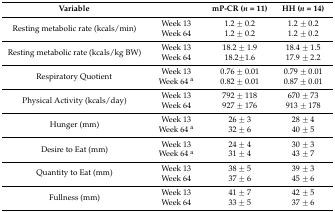
| Variable |  | mP-CR (n = 11) | HH (n = 14) |
 | --- | --- | --- | --- |
 | <ROWSPAN=2> Resting metabolic rate (kcals/min) | Week 13 | 1.2 ± 0.2 | 1.2 ± 0.2 |
 | Week 64 | 1.2 ± 0.2 | 1.2 ± 0.2 |
 | <ROWSPAN=2> Resting metabolic rate (kcals/kg BW) | Week 13 | 18.2 ± 1.9 | 18.4 ± 1.5 |
 | Week 64 | 18.2±1.6 | 17.9 ± 2.2 |
 | <ROWSPAN=2> Respiratory Quotient | Week 13 | 0.76 ± 0.01 | 0.79 ± 0.01 |
 | Week 64 a | 0.82 ± 0.01 | 0.87 ± 0.01 |
 | <ROWSPAN=2> Physical Activity (kcals/day) | Week 13 | 792 ± 118 | 670 ± 73 |
 | Week 64 | 927 ± 176 | 913 ± 178 |
 | <ROWSPAN=2> Hunger (mm) | Week 13 | 26 ± 3 | 28 ± 4 |
 | Week 64 a | 32 ± 6 | 40 ± 5 |
 | <ROWSPAN=2> Desire to Eat (mm) | Week 13 | 24 ± 4 | 30 ± 3 |
 | Week 64 a | 31 ± 4 | 43 ± 7 |
 | <ROWSPAN=2> Quantity to Eat (mm) | Week 13 | 38 ± 5 | 39 ± 3 |
 | Week 64 | 37 ± 6 | 45 ± 6 |
 | <ROWSPAN=2> Fullness (mm) | Week 13 | 41 ± 7 | 42 ± 5 |
 | Week 64 | 33 ± 5 | 37 ± 6 |